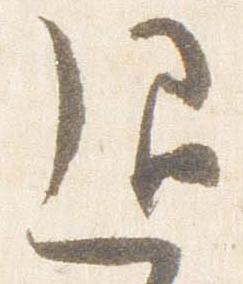
退